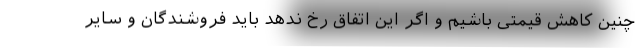
چنین کاهش قیمتی باشیم و اگر این اتفاق رخ ندهد باید فروشندگان و سایر